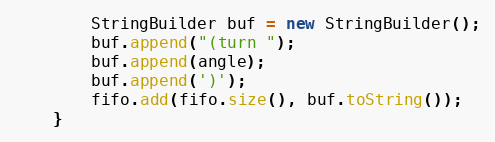
Language: Java
        StringBuilder buf = new StringBuilder();
        buf.append("(turn ");
        buf.append(angle);
        buf.append(')');
        fifo.add(fifo.size(), buf.toString());
    }